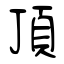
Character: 頂